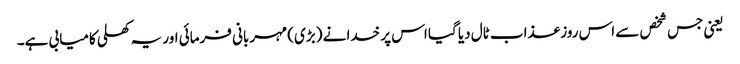
یعنی جس شخص سے اس روز عذاب ٹال دیا گیا اس پر خدا نے (بڑی) مہربانی فرمائی اور یہ کھلی کامیابی ہے۔